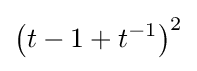
\left(t-1+t^{-1}\right)^{2}